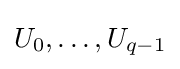
U_{0},\dots ,U_{q-1}